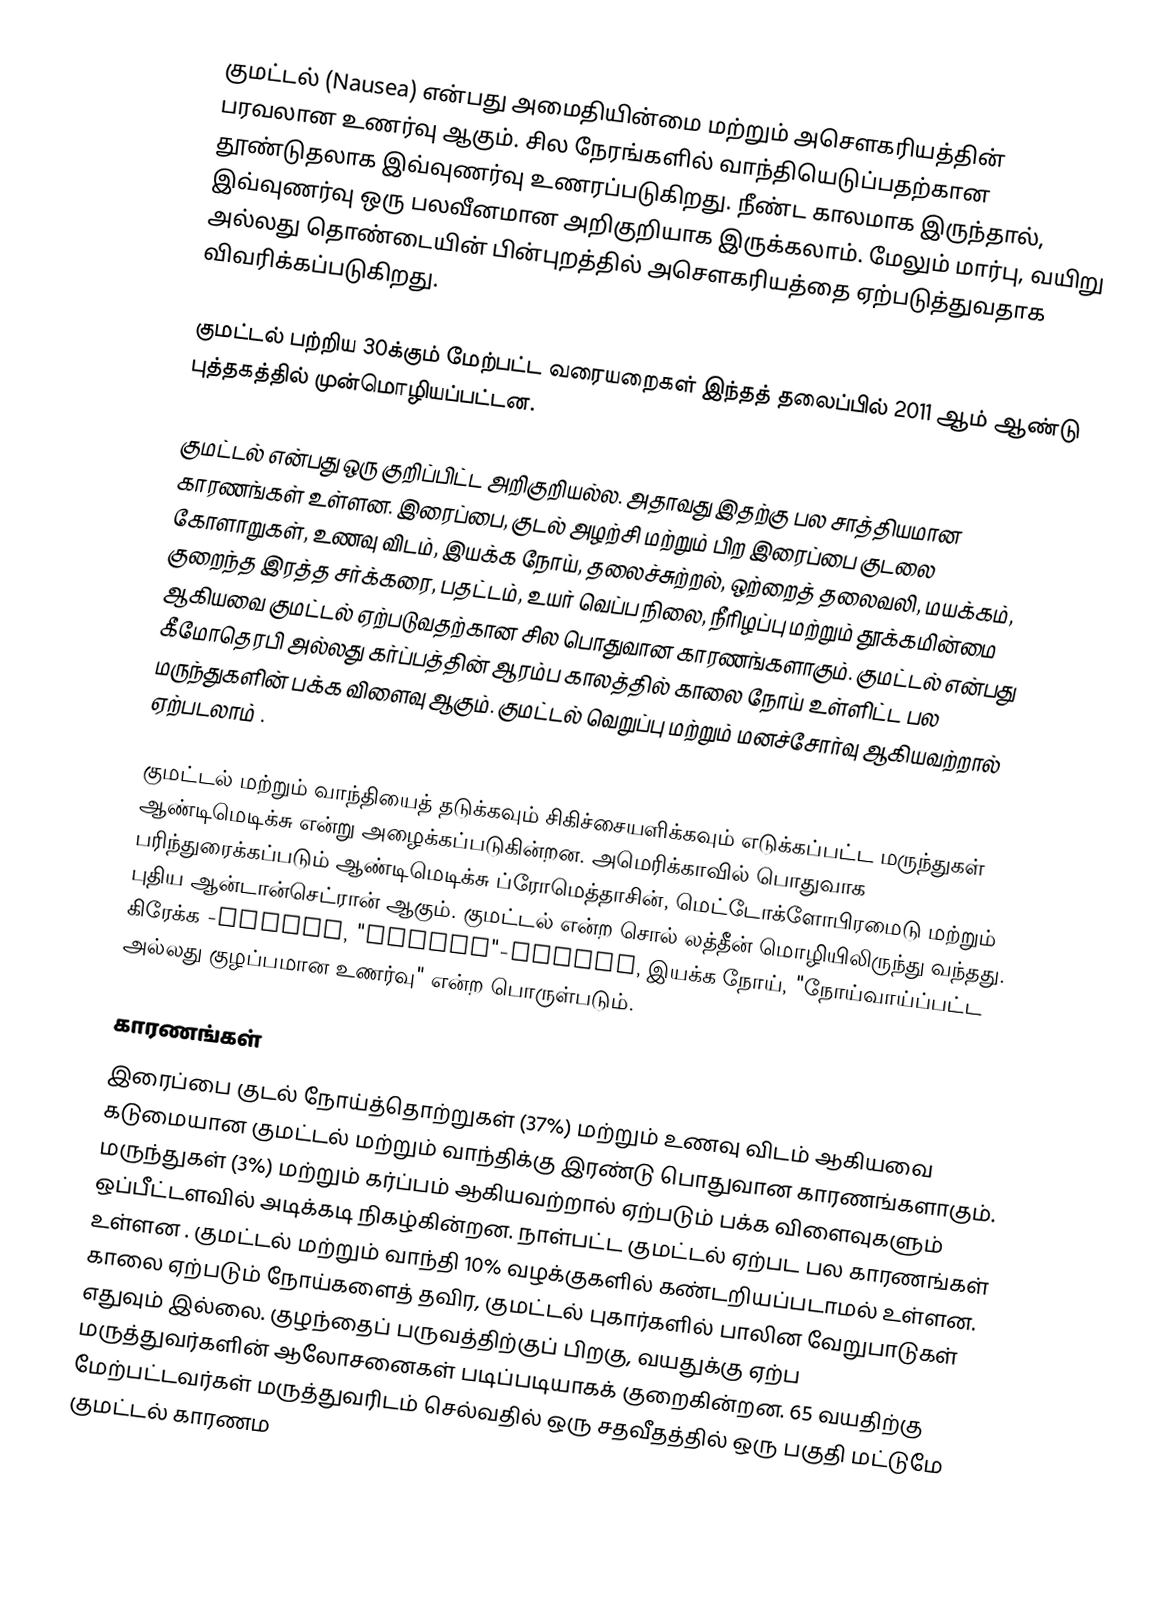
குமட்டல் (Nausea) என்பது அமைதியின்மை மற்றும் அசௌகரியத்தின் பரவலான உணர்வு ஆகும். சில நேரங்களில் வாந்தியெடுப்பதற்கான தூண்டுதலாக இவ்வுணர்வு உணரப்படுகிறது. நீண்ட காலமாக இருந்தால், இவ்வுணர்வு ஒரு பலவீனமான அறிகுறியாக இருக்கலாம். மேலும் மார்பு, வயிறு அல்லது தொண்டையின் பின்புறத்தில் அசௌகரியத்தை ஏற்படுத்துவதாக விவரிக்கப்படுகிறது.

குமட்டல் பற்றிய 30க்கும் மேற்பட்ட வரையறைகள் இந்தத் தலைப்பில் 2011 ஆம் ஆண்டு புத்தகத்தில் முன்மொழியப்பட்டன.

குமட்டல் என்பது ஒரு குறிப்பிட்ட அறிகுறியல்ல.  அதாவது இதற்கு பல சாத்தியமான காரணங்கள் உள்ளன. இரைப்பை, குடல் அழற்சி மற்றும் பிற இரைப்பை குடலை கோளாறுகள், உணவு விடம், இயக்க நோய், தலைச்சுற்றல், ஒற்றைத் தலைவலி, மயக்கம், குறைந்த இரத்த சர்க்கரை, பதட்டம், உயர் வெப்ப நிலை, நீரிழப்பு மற்றும் தூக்கமின்மை ஆகியவை குமட்டல் ஏற்படுவதற்கான சில பொதுவான காரணங்களாகும். குமட்டல் என்பது கீமோதெரபி அல்லது கர்ப்பத்தின் ஆரம்ப காலத்தில் காலை நோய் உள்ளிட்ட பல மருந்துகளின் பக்க விளைவு ஆகும். குமட்டல் வெறுப்பு மற்றும் மனச்சோர்வு ஆகியவற்றால் ஏற்படலாம் .

குமட்டல் மற்றும் வாந்தியைத் தடுக்கவும் சிகிச்சையளிக்கவும் எடுக்கப்பட்ட மருந்துகள் ஆண்டிமெடிக்சு என்று அழைக்கப்படுகின்றன. அமெரிக்காவில் பொதுவாக பரிந்துரைக்கப்படும் ஆண்டிமெடிக்சு ப்ரோமெத்தாசின், மெட்டோக்ளோபிரமைடு மற்றும் புதிய ஆன்டான்செட்ரான் ஆகும். குமட்டல் என்ற சொல் லத்தீன் மொழியிலிருந்து வந்தது. கிரேக்க -nausia, "ναίτία"-nautia, இயக்க நோய், "நோய்வாய்ப்பட்ட அல்லது குழப்பமான உணர்வு" என்ற பொருள்படும்.

காரணங்கள்
இரைப்பை குடல் நோய்த்தொற்றுகள் (37%) மற்றும் உணவு விடம் ஆகியவை கடுமையான குமட்டல் மற்றும் வாந்திக்கு இரண்டு பொதுவான காரணங்களாகும். மருந்துகள் (3%) மற்றும் கர்ப்பம் ஆகியவற்றால் ஏற்படும் பக்க விளைவுகளும் ஒப்பீட்டளவில் அடிக்கடி நிகழ்கின்றன. நாள்பட்ட குமட்டல் ஏற்பட பல காரணங்கள் உள்ளன . குமட்டல் மற்றும் வாந்தி 10% வழக்குகளில் கண்டறியப்படாமல் உள்ளன. காலை ஏற்படும் நோய்களைத் தவிர, குமட்டல் புகார்களில் பாலின வேறுபாடுகள் எதுவும் இல்லை. குழந்தைப் பருவத்திற்குப் பிறகு, வயதுக்கு ஏற்ப மருத்துவர்களின் ஆலோசனைகள் படிப்படியாகக் குறைகின்றன. 65 வயதிற்கு மேற்பட்டவர்கள் மருத்துவரிடம் செல்வதில் ஒரு சதவீதத்தில் ஒரு பகுதி மட்டுமே குமட்டல் காரணம